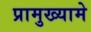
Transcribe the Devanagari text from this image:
प्रामुख्यामे